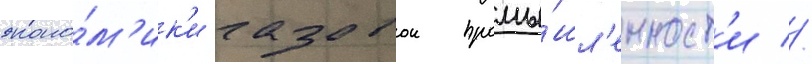
эконо́м'ик'и газовои промы́шл'енност'и //